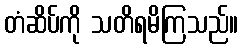
တံဆိပ်ကို သတိရမိကြသည်။